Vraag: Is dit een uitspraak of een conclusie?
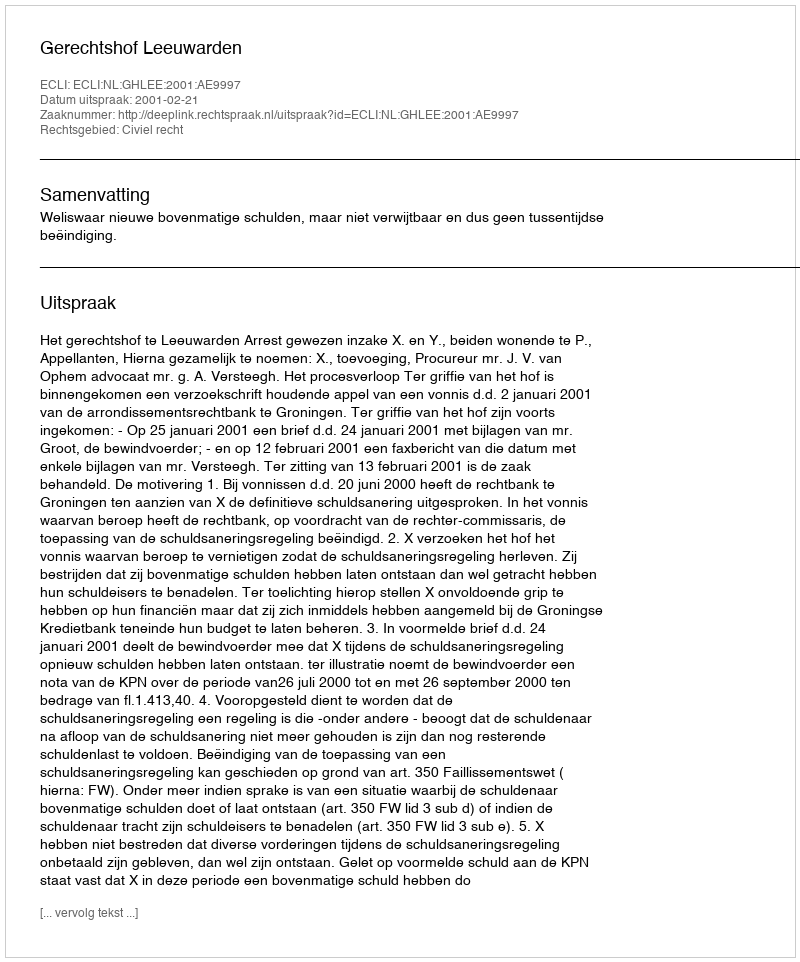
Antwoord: Uitspraak